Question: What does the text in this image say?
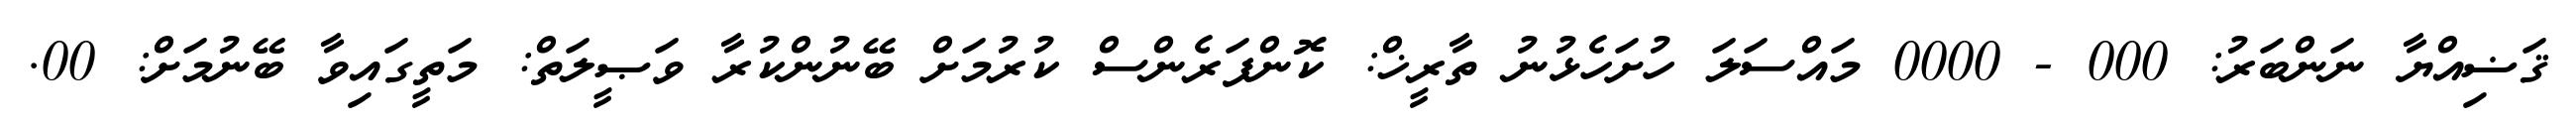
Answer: ޤަޟިއްޔާ ނަންބަރު: 000 - 0000 މައްސަލަ ހުށަހެޅުނު ތާރީޚް: ކޮންފަރެންސް ކުރުމަށް ބޭނުންކުރާ ވަޞީލަތް: މަތީގައިވާ ބޭނުމަށް: 00.